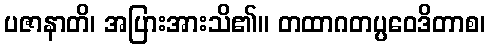
ပဇာနာတိ၊ အပြားအားသိ၏။ တထာဂတပ္ပဝေဒိတာစ၊